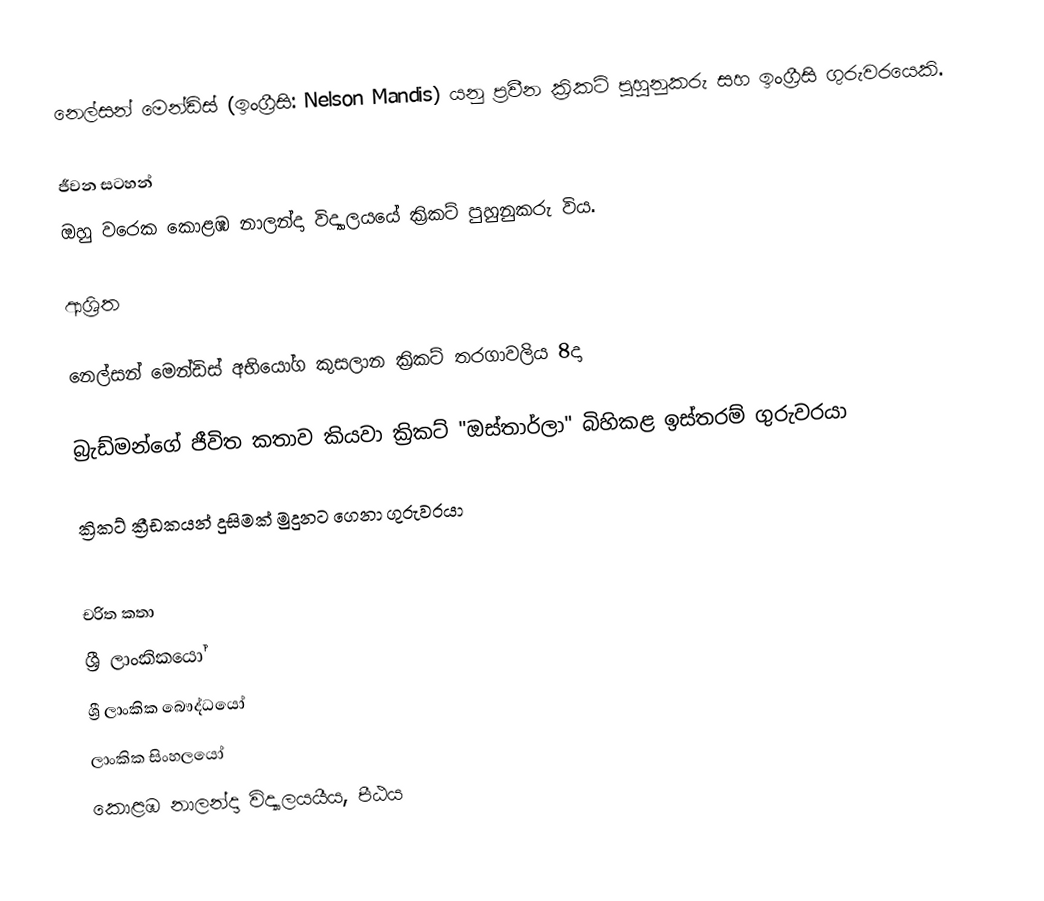
නෙල්සන් මෙන්ඩිස්‌ (ඉංග්‍රීසි: Nelson Mandis) යනු ප්‍රවීන ක්‍රිකට් පුහුනුකරු සහ ඉංග්‍රීසි ගුරුවරයෙකි.

ජීවන සටහන්
ඔහු වරෙක කොළඹ නාලන්දා විද්‍යාලයයේ ක්‍රිකට් පුහුනුකරු  විය.

ආශ්‍රිත

 නෙල්සන් මෙන්ඩිස් අභියෝග කුසලාන ක්‍රිකට් තරගාවලිය 8දා

 බ්‍රැඩ්මන්ගේ ජීවිත කතාව කියවා ක්‍රිකට්‌ "ඔස්‌තාර්ලා" බිහිකළ ඉස්‌තරම් ගුරුවරයා

 ක්‍රිකට්‌ ක්‍රීඩකයන් දුසිමක්‌ මුදුනට ගෙනා ගුරුවරයා

චරිත කතා
ශ්‍රී ලාංකිකයෝ
ශ්‍රී ලාංකික බෞද්ධයෝ
ලාංකික සිංහලයෝ
කොළඹ නාලන්දා විද්‍යාලයයීය, පීඨය